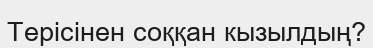
Терісінен соққан кызылдың?